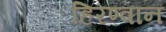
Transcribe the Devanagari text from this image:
हिरण्वान